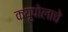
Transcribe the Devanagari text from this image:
क्यूपोलाचे